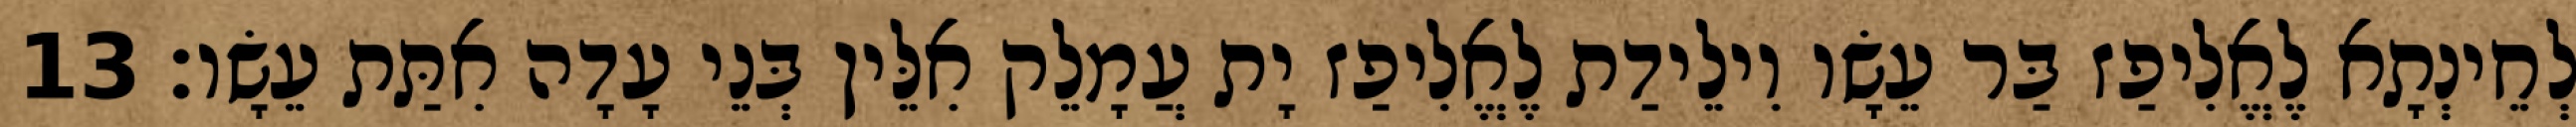
לְחֵינְתָא לֶאֱלִיפַז בַּר עֵשָׂו וִילֵידַת לֶאֱלִיפַז יָת עֲמָלֵק אִלֵּין בְּנֵי עָדָה אִתַּת עֵשָׂו׃ 13